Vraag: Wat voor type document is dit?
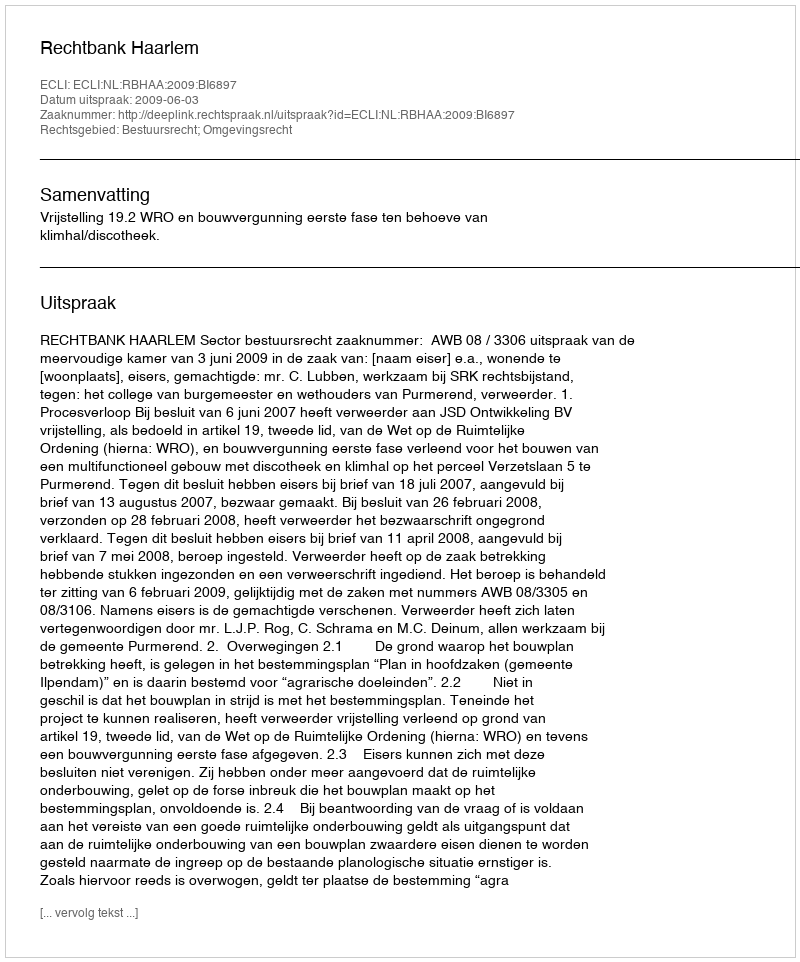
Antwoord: Uitspraak